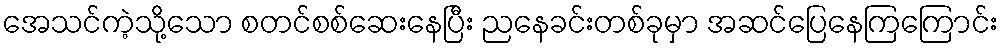
အေသင်ကဲ့သို့သော စတင်စစ်ဆေးနေပြီး ညနေခင်းတစ်ခုမှာ အဆင်ပြေနေကြကြောင်း